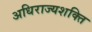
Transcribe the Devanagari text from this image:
अधिराज्यशक्ति